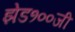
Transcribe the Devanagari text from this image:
झेड१००जी